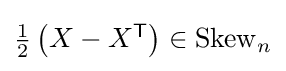
{\textstyle {\frac {1}{2}}\left(X-X^{\textsf {T}}\right)\in \mathrm {Skew} _{n}}